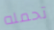
تحمله